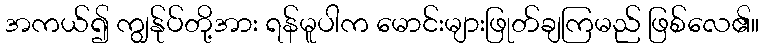
အကယ်၍ ကျွန်ုပ်တို့အား ရန်မူပါက မောင်းများဖြုတ်ချကြမည် ဖြစ်လေ၏။